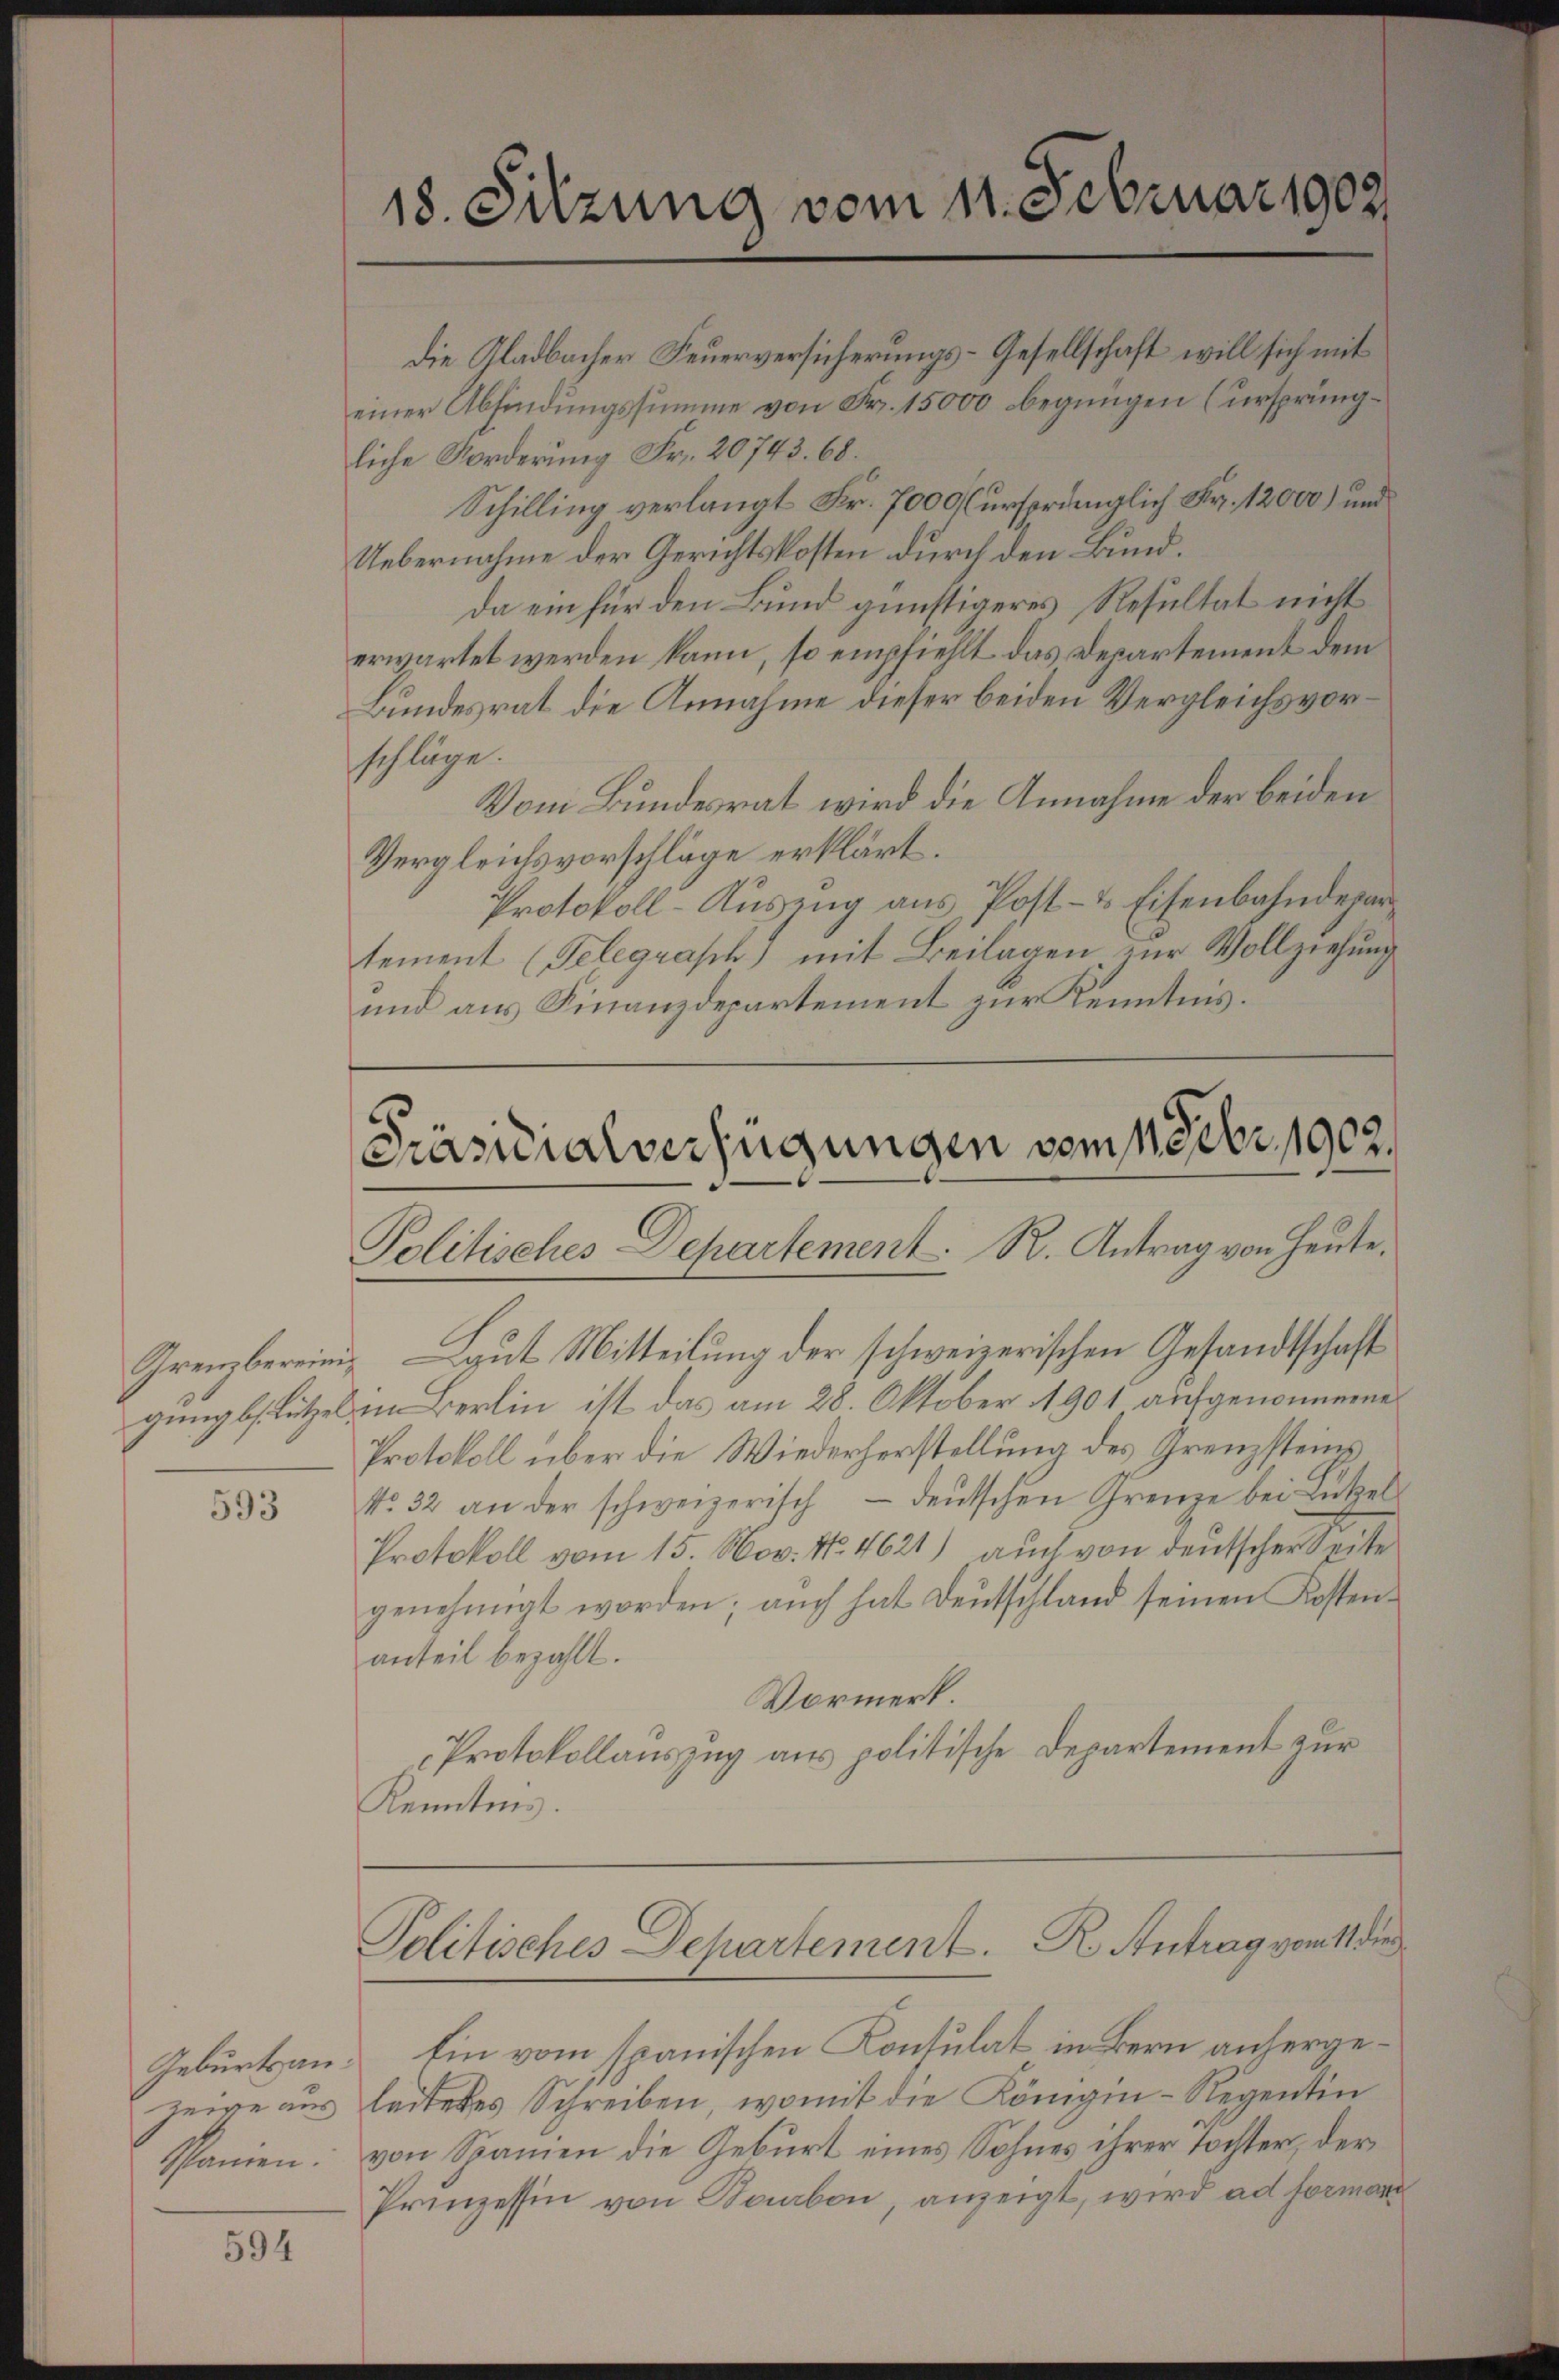
593

Geburtsanzeige aus
Spanien.

594

die Gladbacher Feuerversicherungs-Gesellschaft will sich mit
einer Abfindungssumme von Fr. 15000 begnügen (ursprüngliche Forderung Fr. 20743. 68.
Schilling verlangt Fr. 7000 (ursprünglich Fr. 12000) und
Uebernahme der Gerichtskosten durch den Bund.
da ein für den Bund günstigeres Resultat nicht
erwartet werden kann, so empfiehlt das Departement dem
Bundesrat die Annahme dieser beiden Vergleichs vorschläge.
Vom Bundesrat wird die Annahme der beiden
Vergleichsvorschläge erklärt.
Protokoll-Auszug aus Post- & Eisenbahndepartement (Telegrasch mit Beilagen zur Vollziehung
und aus Finanzdepartement zur Kenntnis.

Grenzbereinig Laut Mitteilung der schweizerischen Gesandtschaft
gung bes. Lützel in Berlin ist das am 28. Oktober 1901 aufgenommene
Protokoll über die Wiederherstellung des Grenzstein
No. 32 an der schweizerisch - deŭtschen Grenze bei Lückel
Protokoll vom 15. Nov. No. 4621) auch von deutscher Seite
genehmigt worden; auch hat Deutschland seinen Kosten-
anteil bezahlt.
Vormerk
Protokollauszug aus politische Departement zur
Kenntnis.

18. Sitzung vom 11. Februar 1902

Präsidialverfügungen vom 11906, 1902.
Politisches Departement. R. Antrag von Heute.

Politisches Departement. R. Antrag vom 11 die

Ein vom spanischen Kontulat in Bern anhergeleiteres Schreiben, womit die Königin-Regentin
von Spanien die Geburt eines Sohnes ihrer Tochter, der
Prinzessin von Saabon, anzeigt, wird ad forman